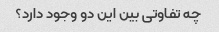
چه تفاوتی بین این دو وجود دارد؟